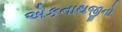
એકનાથજીનો